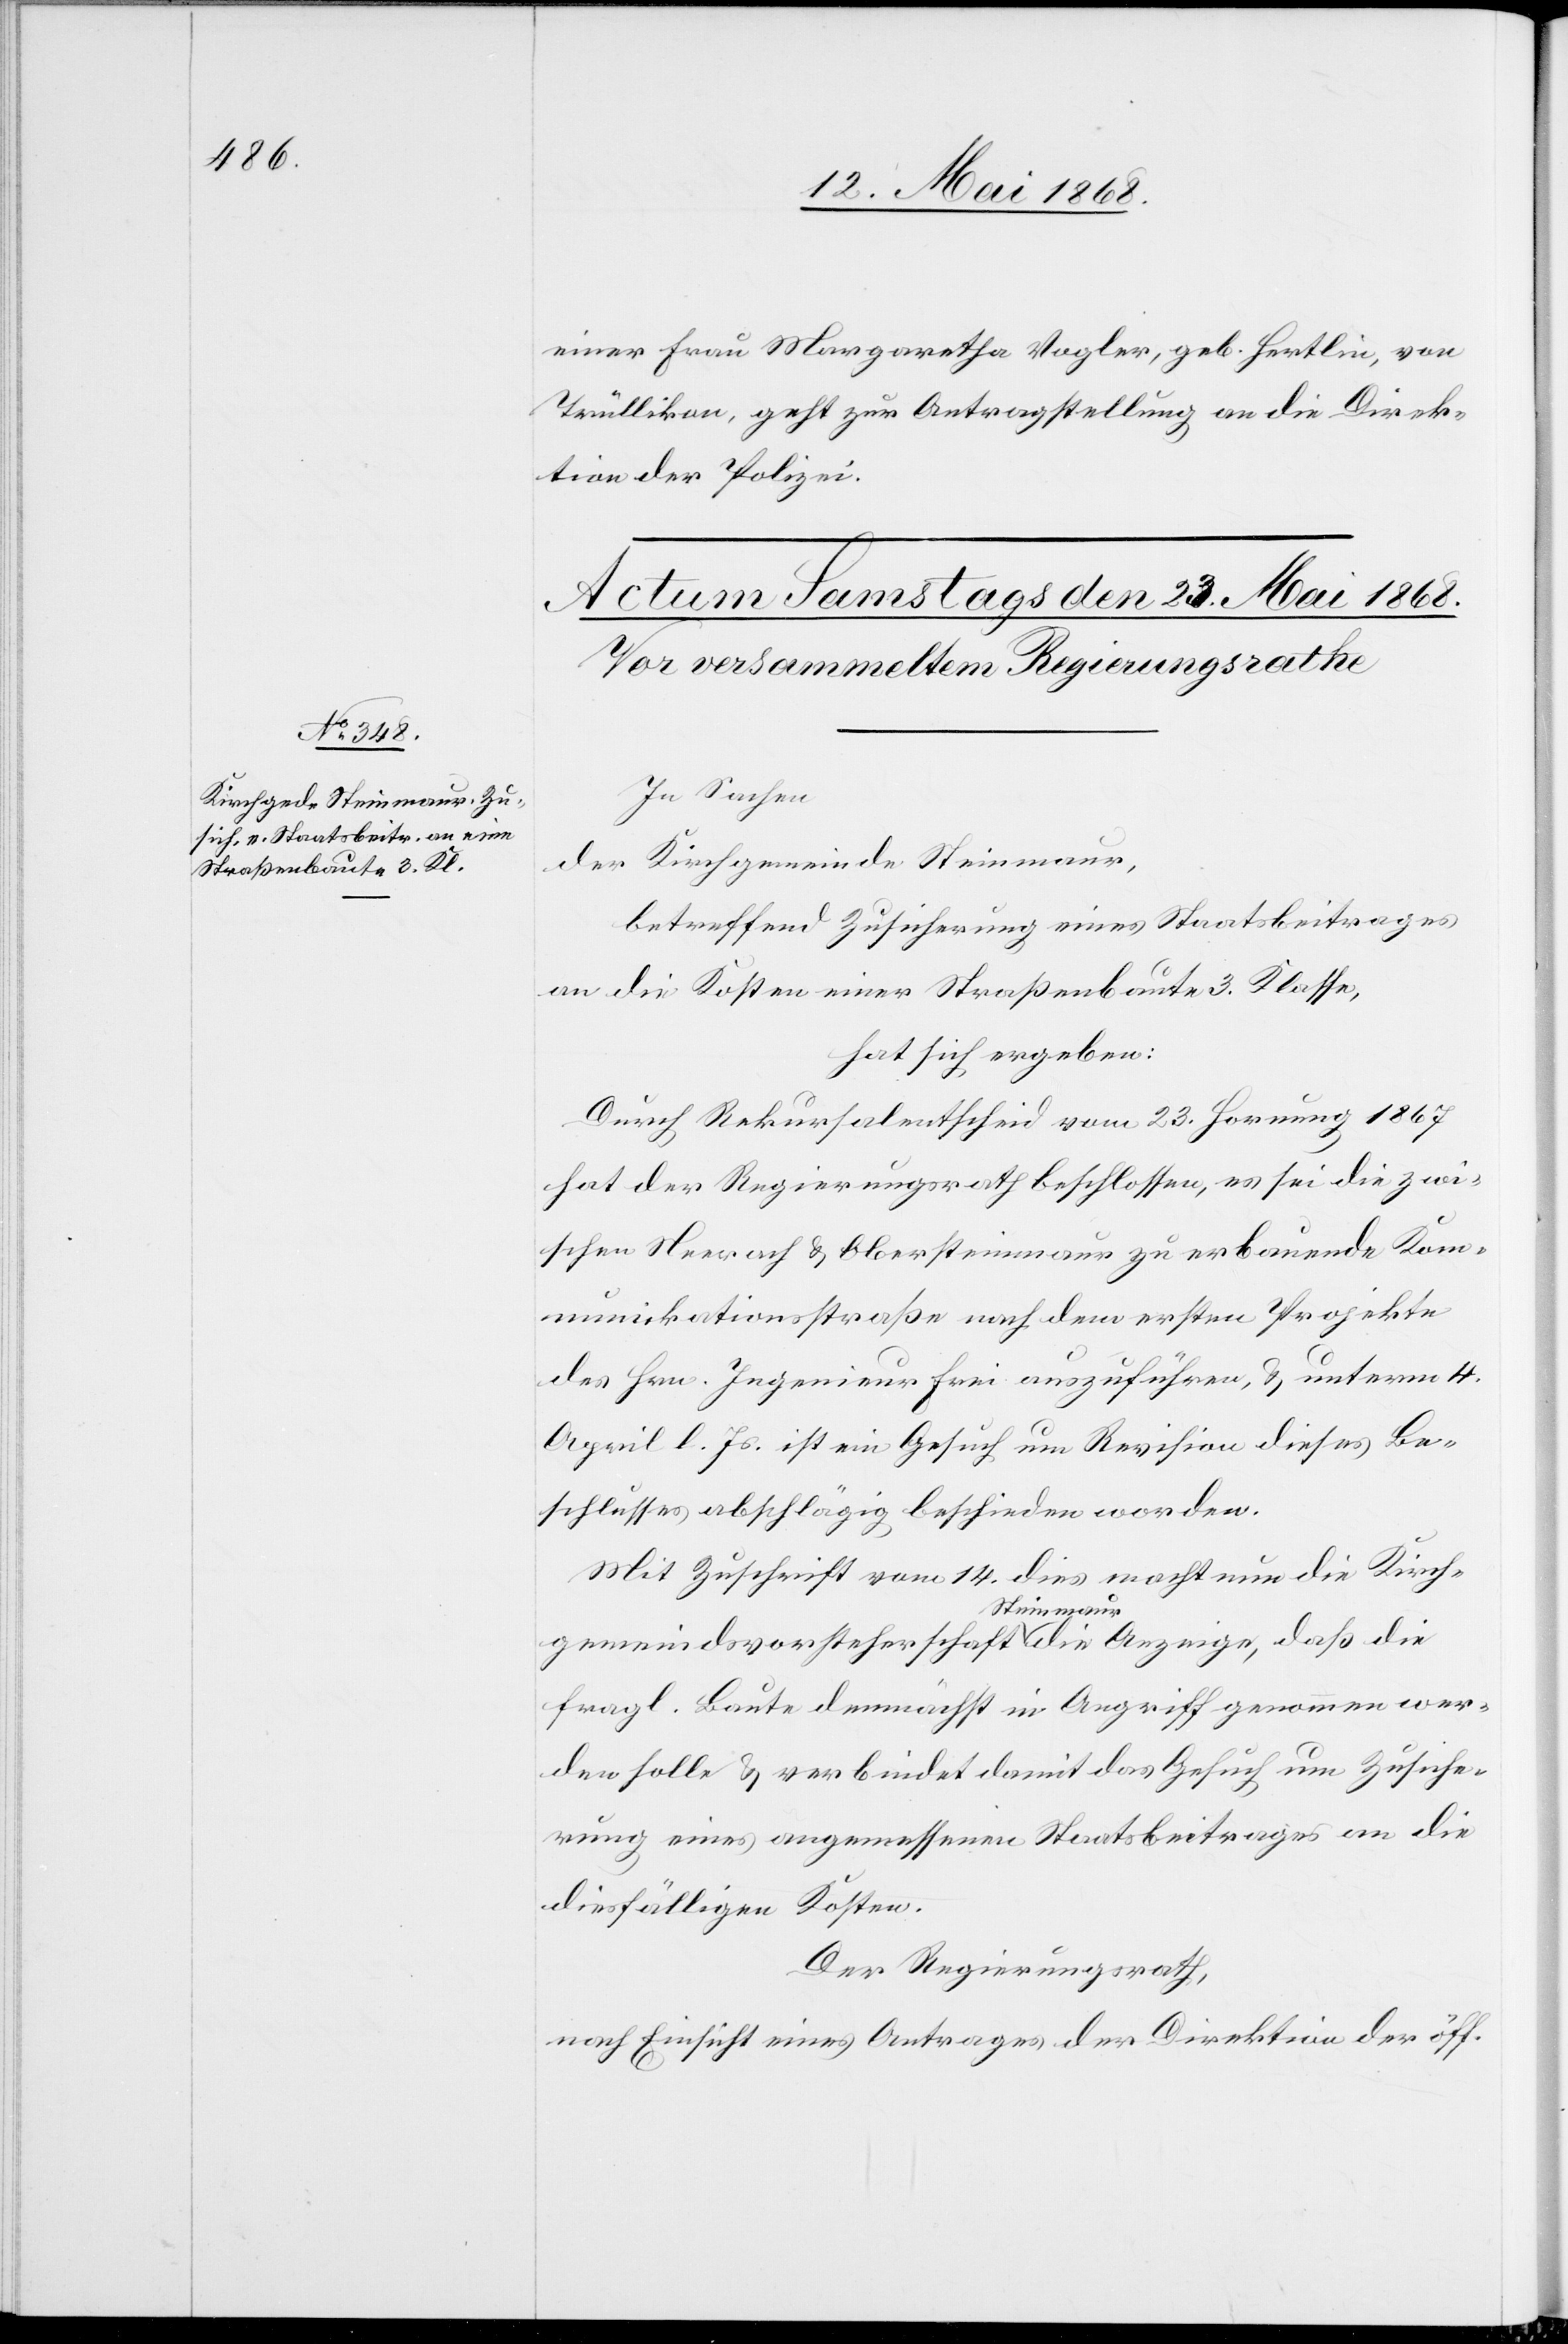
einer Frau Margaretha Vogler, geb. Hertlin, von
Trüllikon, geht zur Antragstellung an die Direk¬
tion der Polizei.
In Sachen
der Kirchgemeinde Steinmaur,
betreffend Zusicherung eines Staatsbeitrages
an die Kosten einer Straßenbaute 3. Klasse,
hat sich ergeben:
Durch Rekursalentscheid vom 23. Hornung 1867
hat der Regierungsrath beschlossen, es sei die zwi¬
schen Neerach & Obersteinmaur zu erbauende Kom¬
munikationsstraße nach dem ersten Projekte
des Hrn. Ingenieur Frei auszuführen, & unterm 4.
April l. Js. ist ein Gesuch um Revision dieses Be¬
schlusses abschlägig beschieden worden.
Mit Zuschrift vom 14. dies macht nun die Kirch¬
gemeindsvorsteherschaft Steinmaur die Anzeige, daß die
fragl. Baute demnächst in Angriff genommen wer¬
den solle & verbindet damit das Gesuch um Zusiche¬
rung eines angemessenen Staatsbeitrages an die
diesfälligen Kosten.
Der Regierungsrath,
nach Einsicht eines Antrages der Direktion der öff.